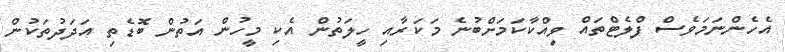
އެހެންނަމަވެސް ފްލެޓްތައް ވިއްކާކަމަށްބުނެ މަކަރާއި ހީލަތުން އެކި މީހުން އަތުން ބޮޑެތި އަދަދުތަކުން